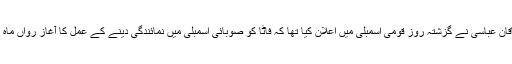
وزیراعظم شاہد خاقان عباسی نے گزشتہ روز قومی اسمبلی میں اعلان کیا تھا کہ فاٹا کو صوبائی اسمبلی میں نمائندگی دینے کے عمل کا آغاز رواں ماہ مکمل کر لیں گے۔